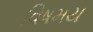
વિષમય